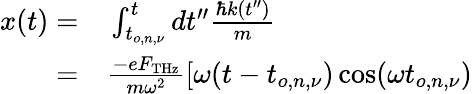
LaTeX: \begin{array}{rl}{x(t)=}&{{}\int_{t_{o,n,\nu}}^{t}dt^{\prime\prime}\frac{\hbar k(t^{\prime\prime})}{m}}\\ {=}&{{}\frac{-eF_{\mathrm{THz}}}{m\omega^{2}}[\omega(t-t_{o,n,\nu})\cos(\omega t_{o,n,\nu})}\end{array}